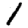
Digit: 1